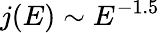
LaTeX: j(E)\sim E^{-1.5}